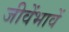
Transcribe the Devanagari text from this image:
जीवेंभावें